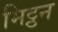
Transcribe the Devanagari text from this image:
मिट्ठन